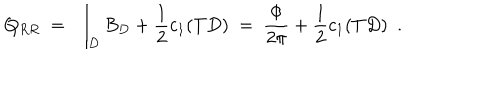
LaTeX: Q _ { R R } \ = \ \int _ { D } B _ { D } + \frac { 1 } { 2 } c _ { 1 } ( T D ) \ = \ \frac { \Phi } { 2 \pi } + \frac { 1 } { 2 } c _ { 1 } ( T D ) \ \ .